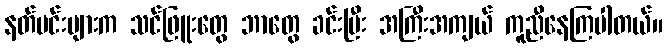
နတ်မင်းများက သင်ဖြူးတွေ ဘာတွေ ခင်းပြီး အကြီးအကျယ် ကူညီနေကြပါတယ်။